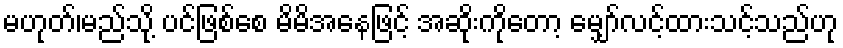
မဟုတ်၊မည်သို့ ပင်ဖြစ်စေ မိမိအနေဖြင့် အဆိုးကိုတော့ မျှော်လင့်ထားသင့်သည်ဟု